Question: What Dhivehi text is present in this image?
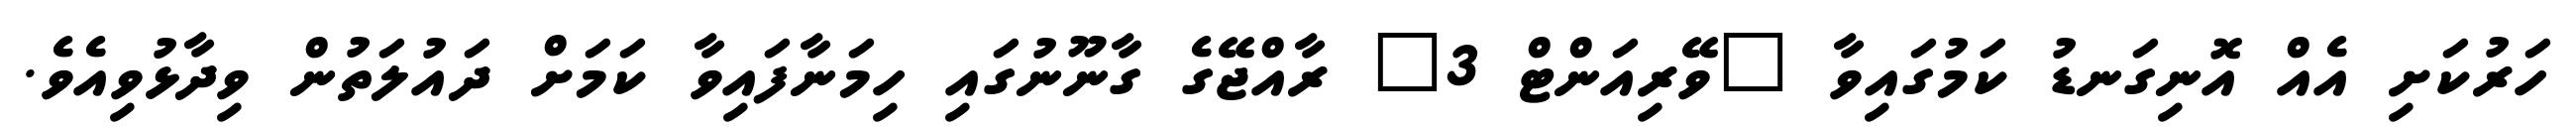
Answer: ހަރުކަށި އެއް އޮނިގަނޑު ކަމުގައިވާ "ވޭރިއަންޓް 3" ރާއްޖޭގެ ގާނޫނުގައި ހިމަނާފައިވާ ކަމަށް ދައުލަތުން ވިދާޅުވިއެވެ.